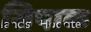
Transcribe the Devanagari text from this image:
सिपाक